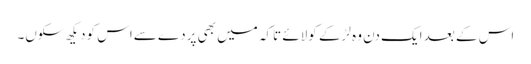
اس کے بعد ایک دن وہ لڑکے کولائے تاکہ میں بھی پردے سےاس کودیکھ سکوں۔